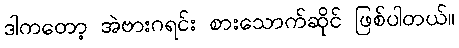
ဒါကတော့ အဲဗားဂရင်း စားသောက်ဆိုင် ဖြစ်ပါတယ်။